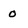
Character: 0